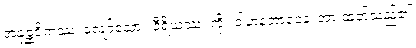
အနုစ္ဆဝိကဿ၊ လျော်သော။ ဝီရိယဿ၊ ကို။ ဝါဟနဘာဝေန၊ အားထုတ်သည်၏